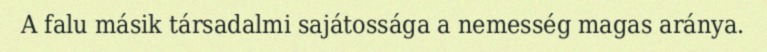
A falu másik társadalmi sajátossága a nemesség magas aránya.